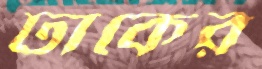
ঢাকের